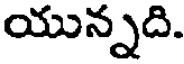
యున్నది.